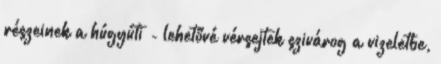
részeinek a húgyúti - lehetővé vérsejtek szivárog a vizeletbe,